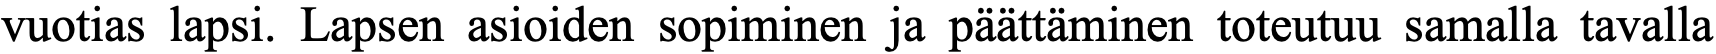
vuotias lapsi. Lapsen asioiden sopiminen ja päättäminen toteutuu samalla tavalla